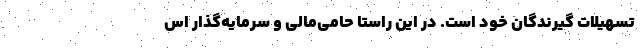
تسهیلات گیرندگان خود است. در این راستا حامی‌مالی و سرمایه‌گذار اس